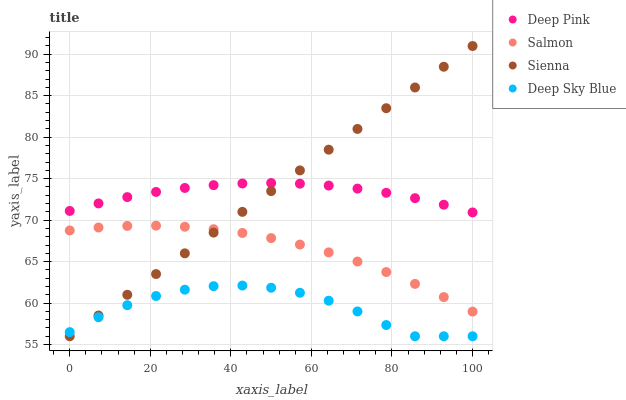
| xaxis_label | Deep Pink | Salmon | Sienna | Deep Sky Blue |
 | --- | --- | --- | --- | --- |
 | 0 | 71.1 | 68.8 | 56 | 56.5 |
 | 7.14 | 72 | 69.1 | 58.5 | 58.3 |
 | 14.3 | 72.8 | 69.3 | 61 | 59.7 |
 | 21.4 | 73.4 | 69.3 | 63.5 | 60.9 |
 | 28.6 | 73.9 | 69.2 | 66 | 61.6 |
 | 35.7 | 74.2 | 68.9 | 68.5 | 62 |
 | 42.9 | 74.4 | 68.5 | 71 | 62.1 |
 | 50 | 74.5 | 67.8 | 73.5 | 61.8 |
 | 57.1 | 74.4 | 67.1 | 76 | 61.2 |
 | 64.3 | 74.2 | 66.1 | 78.5 | 60.3 |
 | 71.4 | 73.8 | 65 | 81 | 59 |
 | 78.6 | 73.3 | 63.7 | 83.5 | 57.4 |
 | 85.7 | 72.6 | 62.3 | 86 | 56 |
 | 92.9 | 71.9 | 60.7 | 88.5 | 56 |
 | 100 | 70.9 | 59 | 91 | 56 |